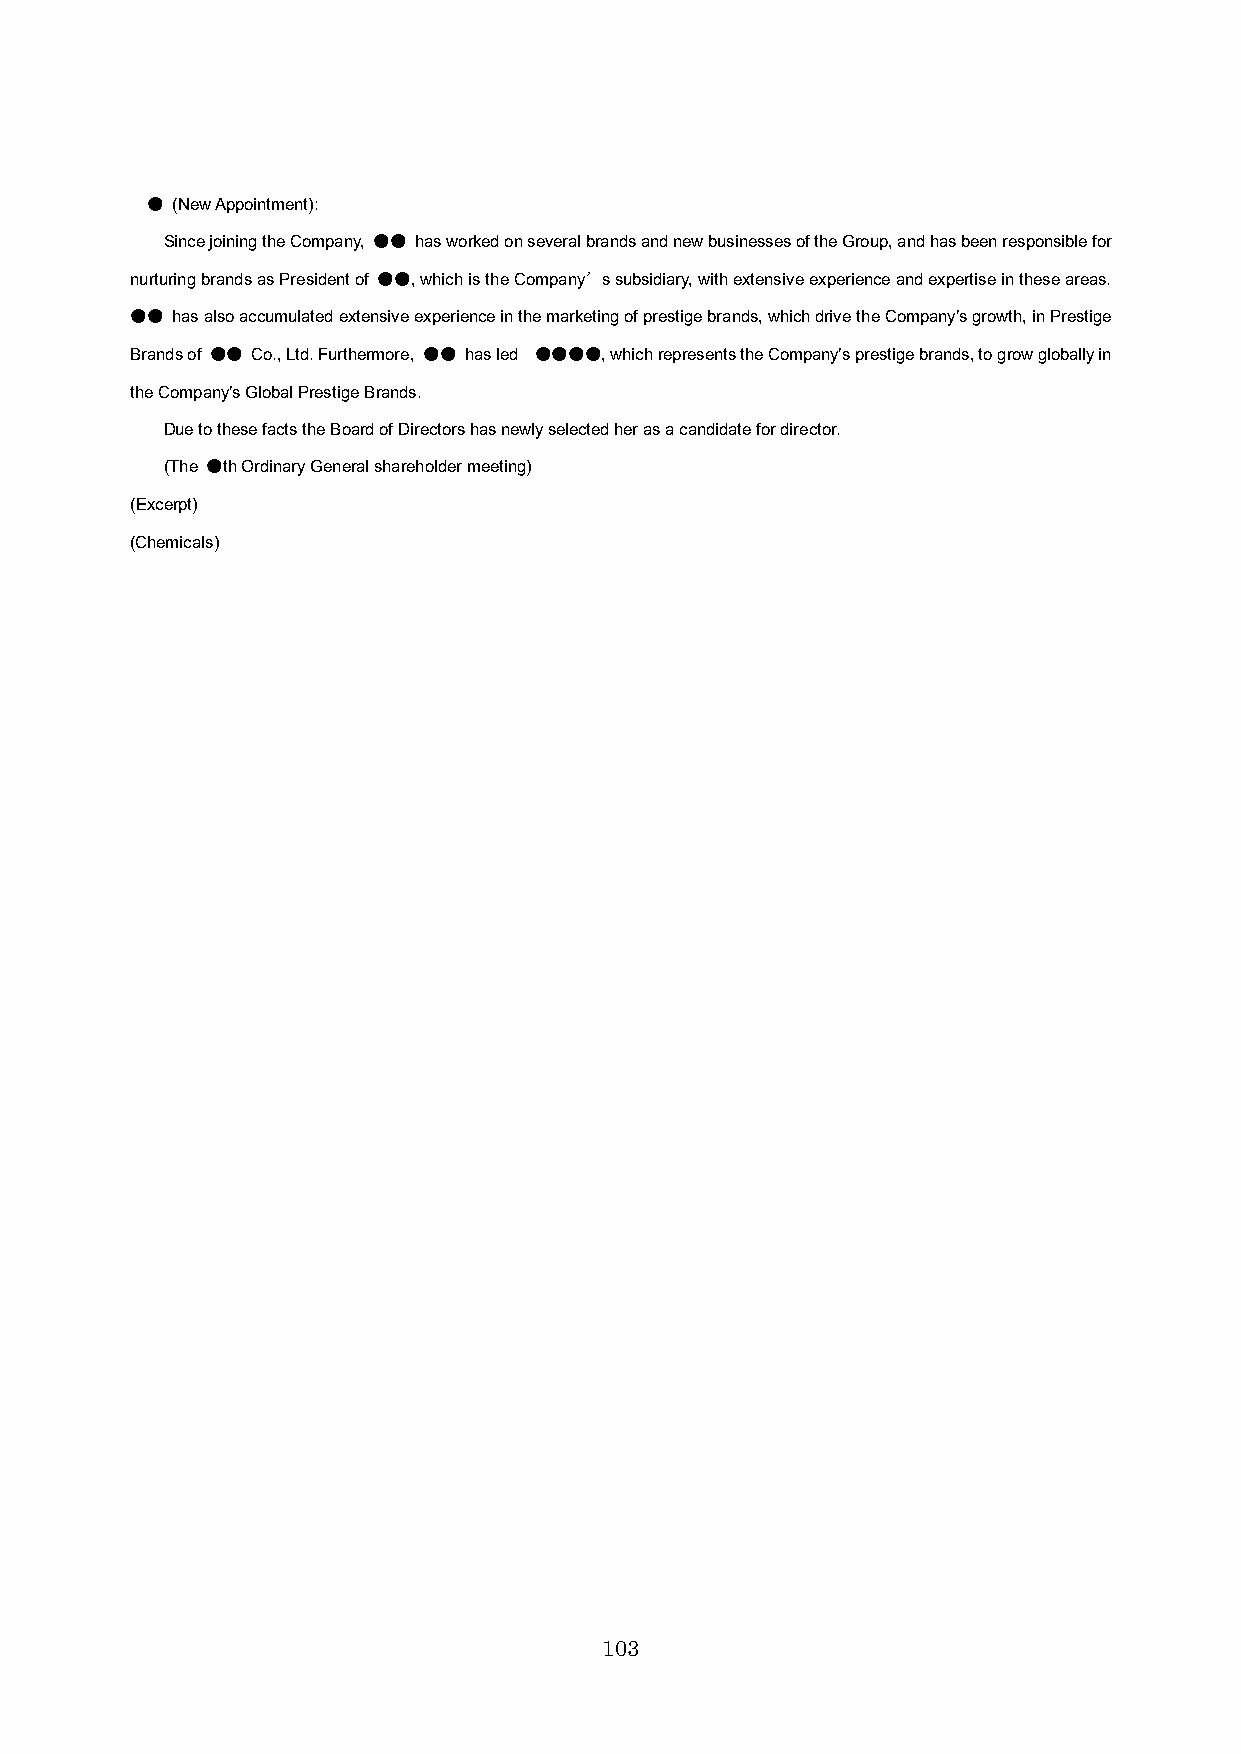
● (New Appointment):
 Since joining the Company, ●● has worked on several brands and new businesses of the Group, and has been responsible for
 nurturing brands as President of ●●, which is the Company’s subsidiary, with extensive experience and expertise in these areas.
 ●● has also accumulated extensive experience in the marketing of prestige brands, which drive the Company’s growth, in Prestige
 Brands of ●● Co., Ltd. Furthermore, ●● has led ●●●●, which represents the Company’s prestige brands, to grow globally in
 the Company’s Global Prestige Brands.
 Due to these facts the Board of Directors has newly selected her as a candidate for director.
 (The ●th Ordinary General shareholder meeting)
 (Excerpt)
 (Chemicals)
 103